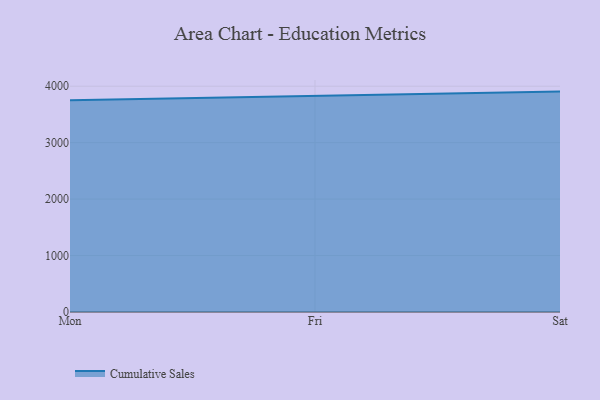
{"axis": {"x": "Day", "y": "Temperature (°C)"}, "legend": ["Cumulative Sales"], "data": [{"x": "Mon", "y": 3750.3, "type": "Cumulative Sales"}, {"x": "Fri", "y": 3829.8, "type": "Cumulative Sales"}, {"x": "Sat", "y": 3904.5, "type": "Cumulative Sales"}]}